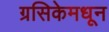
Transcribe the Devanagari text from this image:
ग्रसिकेमधून